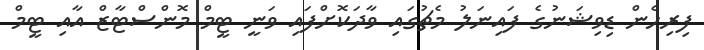
ފިރިހެން ޑިވިޝަނުގެ ފައިނަލު މެޗުގައި ވާދަކޮށްފައި ވަނީ ޓީމް މޮންސްޓާޒް އާއި ޓީމް